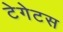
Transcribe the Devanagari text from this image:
टेगेटस